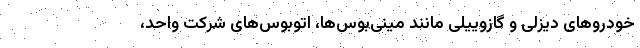
خودروهای دیزلی و گازوییلی مانند مینی‌بوس‌ها، اتوبوس‌های شرکت واحد،